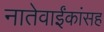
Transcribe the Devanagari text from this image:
नातेवाईंकांंसह